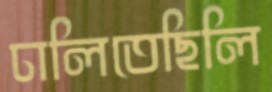
ঢালিতেছিলি